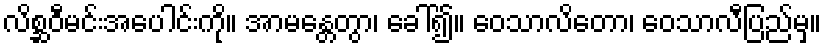
လိစ္ဆဝီမင်းအပေါင်းကို။ အာမန္တေတွာ၊ ခေါ်၍။ ဝေသာလိတော၊ ဝေသာလီပြည်မှ။